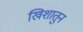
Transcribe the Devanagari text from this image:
खिशातुन